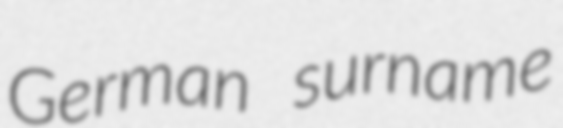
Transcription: German surname